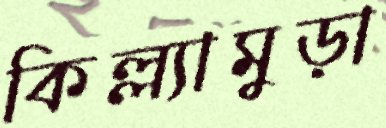
কিল্ল্যামুড়া